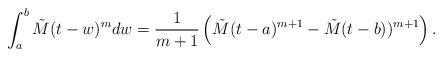
LaTeX: \begin{align*}\int_a^b \tilde{M}(t - w)^mdw=\frac{1}{m+1}\left(\tilde{M}(t-a)^{m+1}-\tilde{M}(t-b))^{m+1}\right).\end{align*}